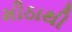
મીઠાથી